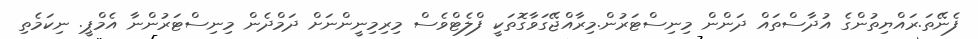
ފެނޭތަ.ރައްޔިތުންގެ އުދާސްތައް ދަންން މިނިސްޓަރުން.މިރާއްޖޭގަވާގޮތަކީ ފްލެޓްވެސް މިރިމިނީންނަށް ދަމްދެން މިނިސްޓަރުންނާ އެމްޕީ. ނިކަމެތި